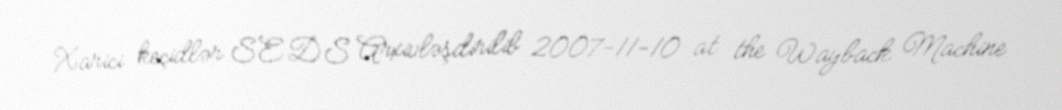
Xarici keçidlər SEDS Arxivləşdirilib 2007-11-10 at the Wayback Machine